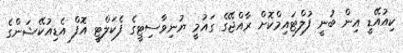
ކިއުއޭޑީ އިން ބުނީ ފުލްޓައިމްކޮށް ރާއްޖޭގެ ގައުމީ ޔުނިވާސިޓީގެ ފެކަލްޓީ އޮފް އެޑިއުކޭޝަންގެ